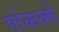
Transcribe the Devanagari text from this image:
मोकळो